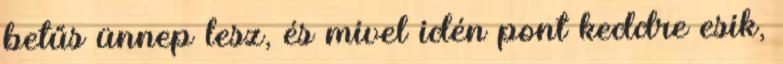
betűs ünnep lesz, és mivel idén pont keddre esik,